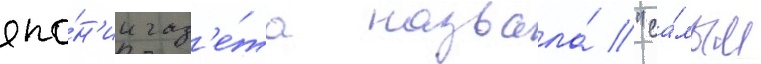
япо́н'ии газ'е́та назвала́ "са́мым